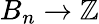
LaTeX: B_{n}\to\mathbb{Z}